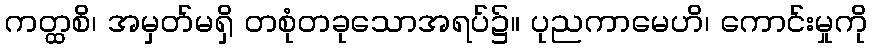
ကတ္ထစိ၊ အမှတ်မရှိ တစုံတခုသောအရပ်၌။ ပုညကာမေဟိ၊ ကောင်းမှုကို